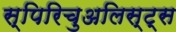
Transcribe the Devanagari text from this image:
स्पिरिचुअलिस्ट्स